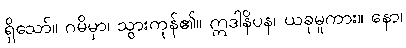
ရှိသော်။ ဂမိမှာ၊ သွားကုန်၏။ ဣဒါနိပန၊ ယခုမူကား။ နော၊